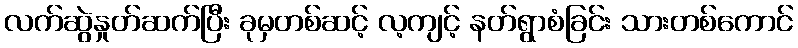
လက်ဆွဲနှုတ်ဆက်ပြီး ခုမှတစ်ဆင့် လ့ကျင့် နတ်ရွာစံခြင်း သားတစ်ကောင်